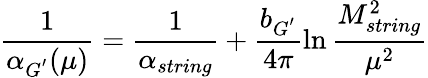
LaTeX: {\frac{1}{\alpha_{G^{'}}(\mu)}}={\frac{1}{\alpha_{string}}}+\frac{b_{G^{'}}}{4\pi}\ln\frac{M_{string}^{2}}{\mu^{2}}